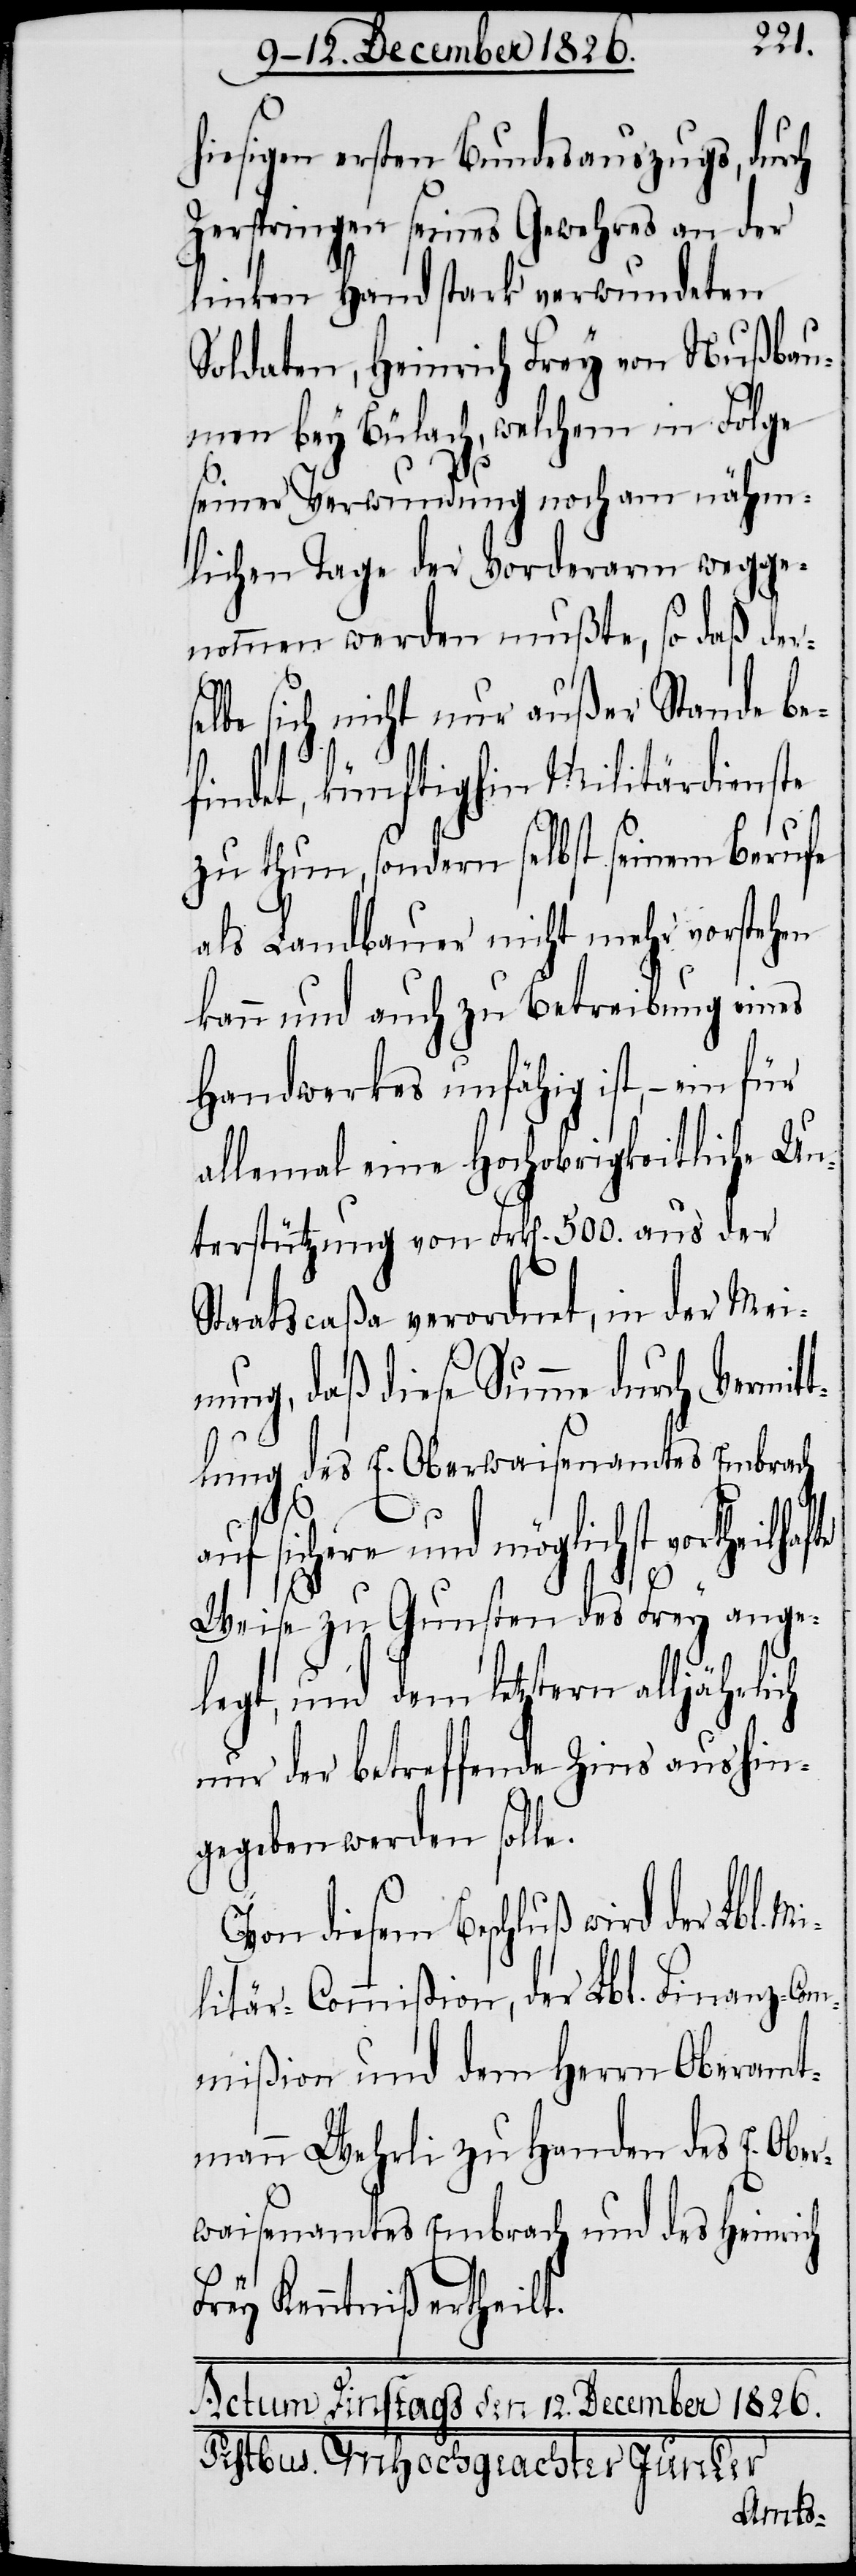
hiesigen ersten Bundesauszugs, durch
Zerspringen seines Gewehres an der
linken Hand stark verwundeten
Soldaten, Heinrich Frey von Nußbau¬
men bey Bülach, welchem in Folge
seiner Verwundung noch am nähm¬
lichen Tage der Vorderarm wegge¬
nommen werden mußte, so daß ders¬
elbe sich nicht nur außer Stande be¬
findet, künftighin Militärdienste
zu thun, sondern selbst seinem Berufe
als Landbauer nicht mehr vorstehen
kann und auch zu Betreibung eines
Handwerkes unfähig ist, – ein
allemal eine Hochobrigkeitliche Un¬
terstützung von Frk[en]. 500. aus der
Staatscaßa verordnet, in der Mein¬
ung, daß diese Summe durch Vermit¬
tlung des E. Oberwaisenamtes Embrach
r-Co¬
auf sichere und möglichst vorthei¬
Weise zu Gunsten des Frey ange¬
legt, und dem letztern alljährlich
nur der betreffende Zins aushin¬
gegeben werden solle.
Von diesem Beschluß wird der Lbl.
mmißion und dem Herrn Oberamt¬
mann Wehrli zu Handen des E. Obe¬
rwaisenamtes Embrach und des Heinrich
Frey Kenntniß ertheilt.